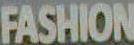
FASHION